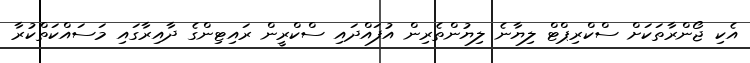
އެކި ޖޯންރާތަކަށް ސްކްރިޕްޓް ލިޔާނެ ލިޔުންތެރިން އުފައްދައި ސްކްރީން ރައިޓިންގެ ދާއިރާގައި މަސައްކަތްކުރާ